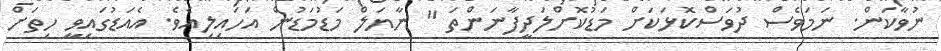
ނުވާކަން. ނަމަވެސް ދުވަސްކޮޅަކަށް މަޑުކޮށްލަދީފާނަންތަ " ނާޔަލް މަޑުމަޑުން އަހައިލިއެވެ. އެއަޑުގައިވީ ހިތަށް